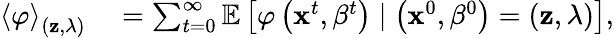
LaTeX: \begin{array}{rl}{\left<\varphi\right>_{\left(\mathbf{z},\lambda\right)}}&{{}=\sum_{t=0}^{\infty}\mathbb{E}\left[\varphi\left(\mathbf{x}^{t},\beta^{t}\right)\mid\left(\mathbf{x}^{0},\beta^{0}\right)=\left(\mathbf{z},\lambda\right)\right],}\end{array}